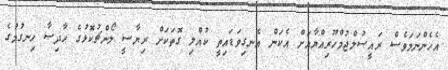
އެހެންނަމަވެސް ރައީސުލްޖުމްހޫރިއްޔާއަށް އެކަން އެނގިވަޑައިތީ ކުއްލި ގޮތަކަށް ރިޔާސީ ލޯންޗުކޮޅުގެ ޙާދިސާ ހިނގުމުގެ